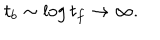
t _ { b } \sim \log t _ { f } \rightarrow \infty .